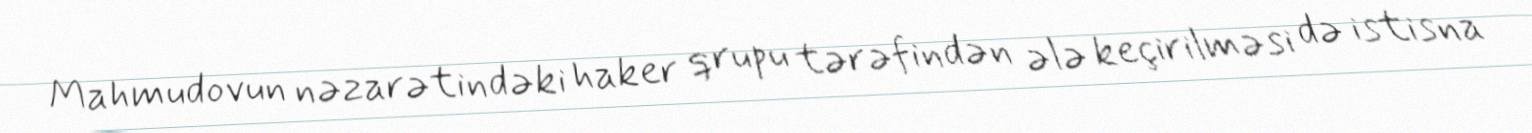
Mahmudovun nəzarətindəki haker qrupu tərəfindən ələ keçirilməsi də istisna